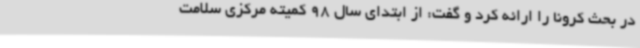
در بحث کرونا را ارائه کرد و گفت: از ابتدای سال 98 کمیته مرکزی سلامت